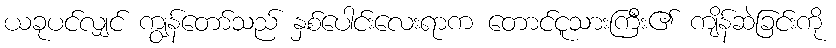
ယခုပင်လျှင် ကျွန်တော်သည် နှစ်ပေါင်းလေးရာက တောင်ငူသားကြီး၏ ကျိန်ဆဲခြင်းကို